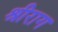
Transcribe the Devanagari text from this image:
श्रीराग